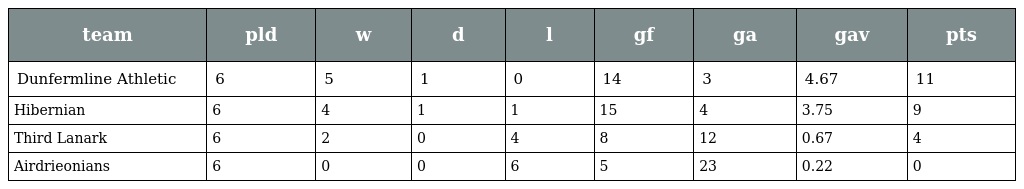
| team | pld | w | d | l | gf | ga | gav | pts |
 | --- | --- | --- | --- | --- | --- | --- | --- | --- |
 | Dunfermline Athletic | 6 | 5 | 1 | 0 | 14 | 3 | 4.67 | 11 |
 | Hibernian | 6 | 4 | 1 | 1 | 15 | 4 | 3.75 | 9 |
 | Third Lanark | 6 | 2 | 0 | 4 | 8 | 12 | 0.67 | 4 |
 | Airdrieonians | 6 | 0 | 0 | 6 | 5 | 23 | 0.22 | 0 |